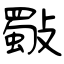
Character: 斀